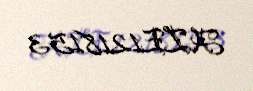
AZE1218153